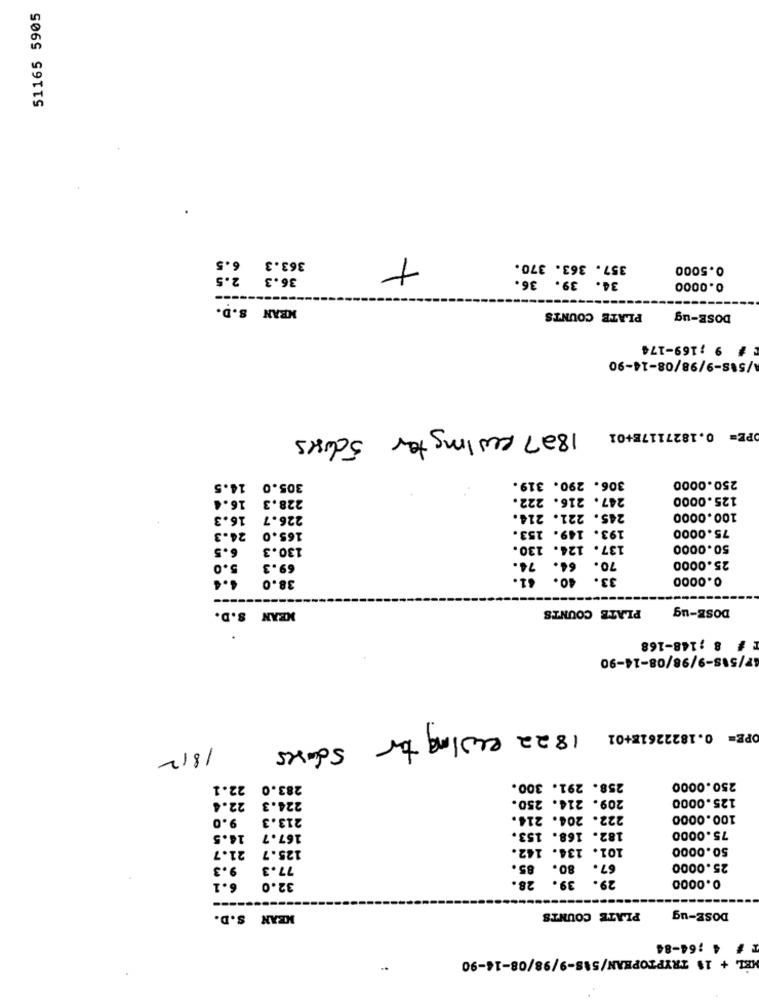
51165 5905
363.3 6.5
+
357. 363. 370.
0.5000
2.5
36.3
34. 39. 36.
0.0000
MEAN S.D.
PLATE COUNTS
DOSE-ug
# 9 ;169-174
/5 8-9/98/08-14-90
1827 Rulingfor 5 closes
PE= 0.1827117E+01
306. 290. 319.
14.5
305.0
250.0000
228.3
247. 216. 222.
125.0000
16.4
245. 221. 214.
16.3
226.7
100.0000
193. 149. 153.
75.0000
24.3
165.0
6.5
130.3
137. 124. 130.
50.0000
74 .
66.
70.
25.0000
5.0
69.3
38.0
61.
33.
0.0000
MEAN S.D.
PLATE COUNTS
DOSE-ug
T # 8 ;148-168
7/518-9/98/08-14-90
OPE= 0.1822261E+01
1822 ewing for scases
1812
22.1
283.0
258. 291. 300.
250.0000
22.4
209. 214. 250.
125.0000
224.3
9.0
213.3
222. 204. 214.
100.0000
182. 168. 153.
75.0000
14.5
167.7
21.7
125.7
101. 134. 142.
50.0000
9.3
77.3
85.
80.
67.
25.0000
6.1
28.
39.
29.
0.0000
32.0
DOSE-ug
MEAN S.D.
PLATE COUNTS
# 4 ;64-84
KEL + 18 TRYPTOPHAN/518-9/98/08-16-90